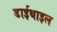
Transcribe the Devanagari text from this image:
डाईथाइल